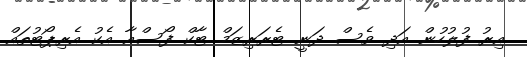
އިރު ފުލުހުން އަދި ވެސް ދަނީ ޓެރަރިޒަމް ޓާކް ފޯސްއާ އެކު އެރިޕޯޓުތައް